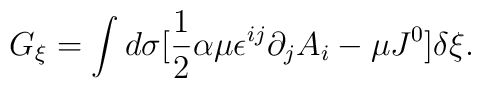
G_\xi=\int d\sigma [\frac{1}{2}\alpha\mu\epsilon^{ij}\partial_j A_i-\mu J^0]\delta\xi.